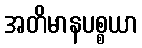
အတိမာနပစ္စယာ